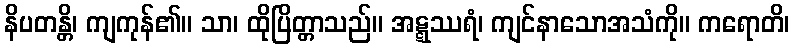
နိပတန္တိ၊ ကျကုန်၏။ သာ၊ ထိုပြိတ္တာသည်။ အဋ္ဋဿရံ၊ ကျင်နာသောအသံကို။ ကရောတိ၊